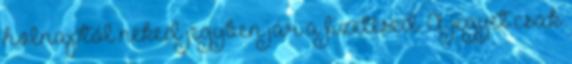
holnaptól neked jegyben jár a fizetésed. A jegyet csak